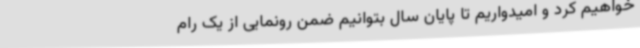
خواهیم کرد و امیدواریم تا پایان سال بتوانیم ضمن رونمایی از یک رام